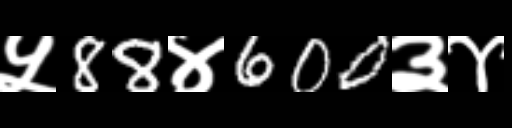
Text: ५88४600३४